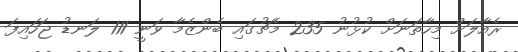
ރެއާލަށް މިހާތަނަށް ކުޅުނު 235 މެޗުގައި ބެންޒެމާ ވަނީ 111 ލަނޑު ޖަހައިފަ